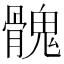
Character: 𩪁